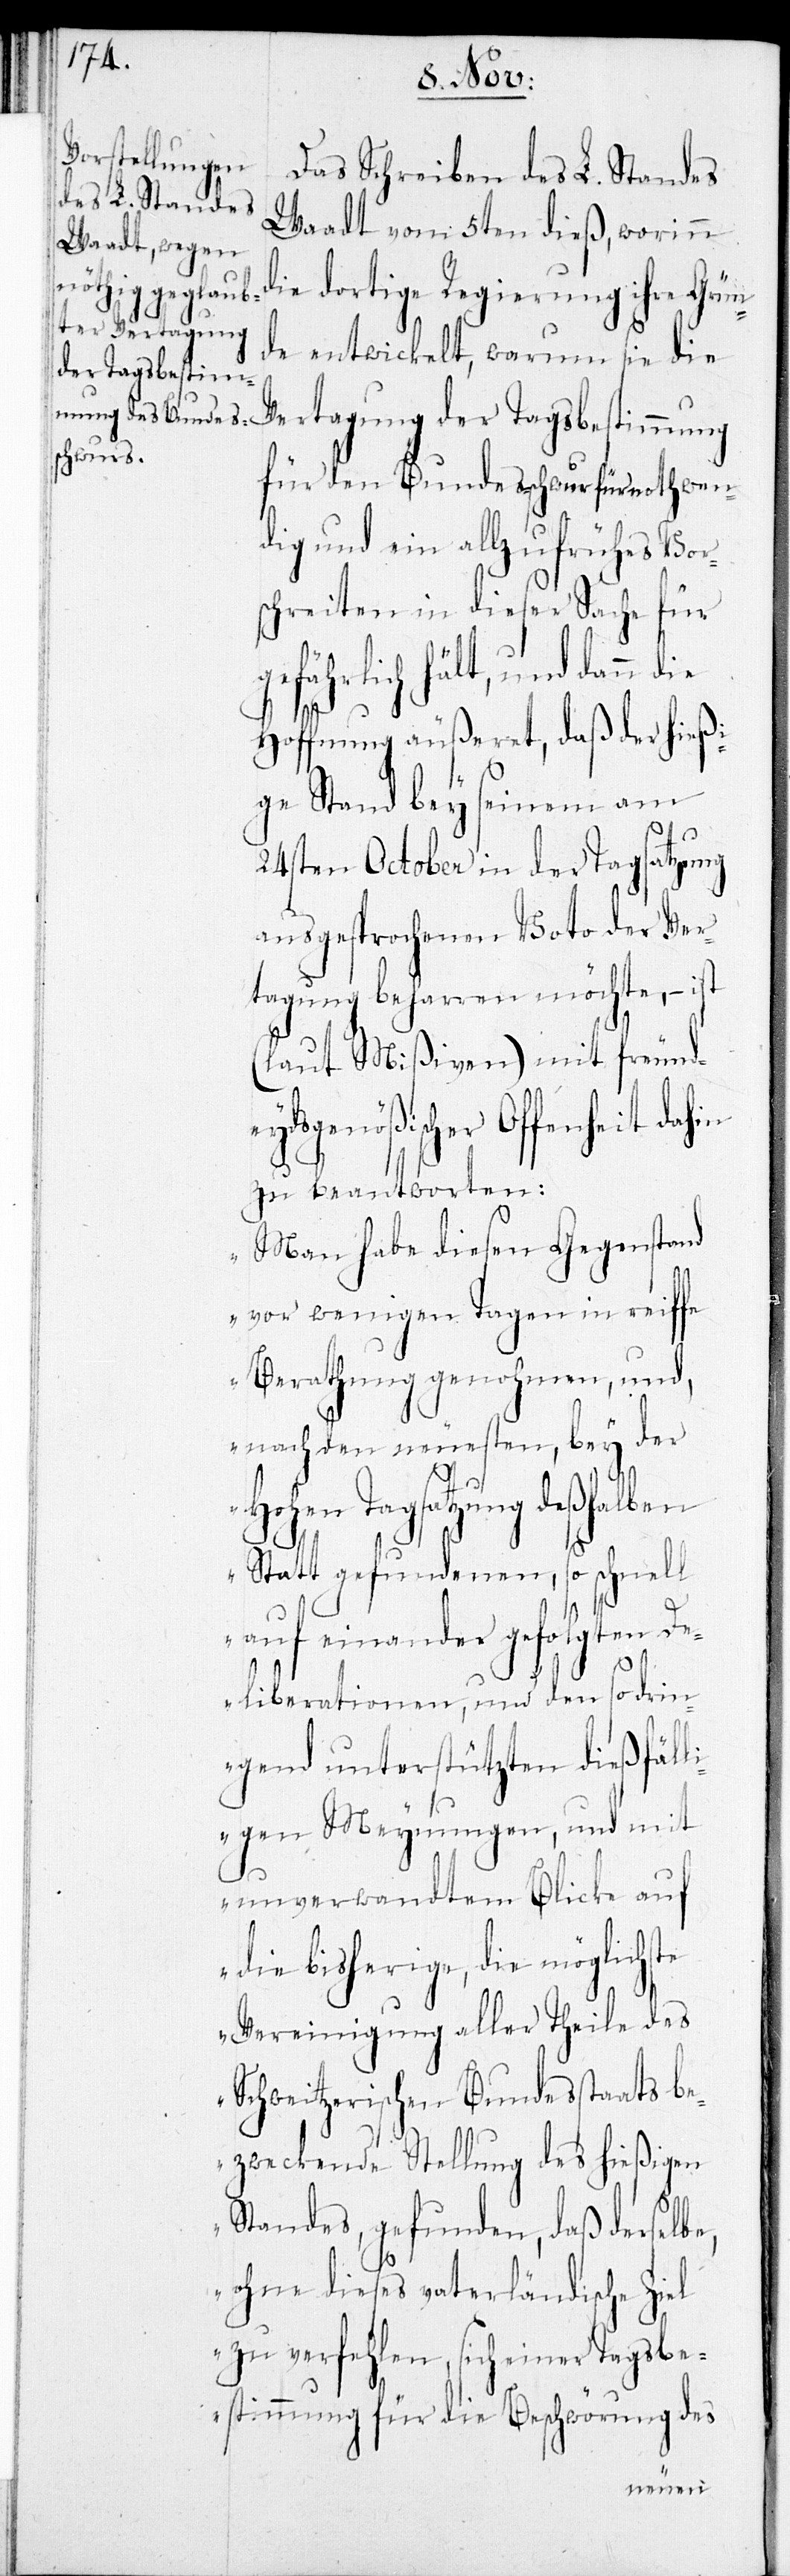
Das Schreiben des L. Standes
Waadt vom 5ten dieß, worinn
die dortige Regierung ihre Grün¬
de entwickelt, warum sie die
Vertagung der Tagsbestimmung
für den Bundesschwur für nothwen¬
dig und ein allzu frühes Vor¬
schreiten in dieser Sache für
gefährlich hält, und dann
Hoffnung äußeret, daß der hießi¬
ge Stand bey seinem am
24sten October in der Tagsatzung
ausgesprochenen Voto der Ver¬
tagung beharren möchte, – ist
(laut Mißiven) mit freund¬
eydsgenößischer Offenheit dahin
zu beantworten:
„Man hab diesen Gegenstand
vor wenigen Tagen in reiffe
Berathung genohmen, und,
nach den neuesten, bey der
Hohen Tagsatzung deshalben
Statt gefundenen, so schnell
aufeinander gefolgten De¬
liberationen, und den so dring¬
enden unterstützten dießfäll¬
igen Meynungen und mit
unverwandtem Blick auf
die bisherige, die möglichste
Vereinigung aller Theile des
schweizerischen Bundesstaats be¬
zweckende Stellung des hießigen
Standes, gefunden, daß derselbe
ohne dieses vaterländische Ziel
zu verfehlen, sich einer Tagsbe¬
stimmung für die Beschwörung des